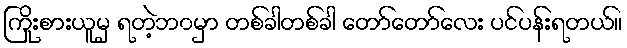
ကြိုးစားယူမှ ရတဲ့ဘ၀မှာ တစ်ခါတစ်ခါ တော်တော်လေး ပင်ပန်းရတယ်။